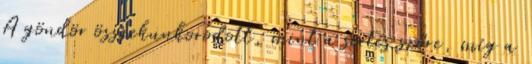
A göndör összekunkorodott, mint a sertés szőre, míg a